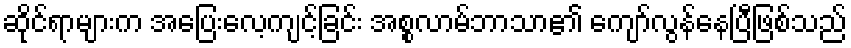
ဆိုင်ရာများက အပြေးလေ့ကျင့်ခြင်း အစ္စလာမ်ဘာသာ၏ ကျော်လွန်နေပြီဖြစ်သည်